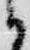
候